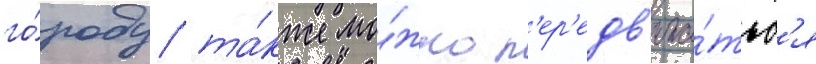
го́роду та́кже мо́жно п'ер'едв'ига́тьс'я